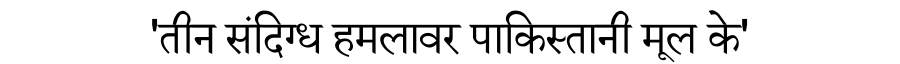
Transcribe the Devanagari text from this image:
'तीन संदिग्ध हमलावर पाकिस्तानी मूल के'